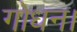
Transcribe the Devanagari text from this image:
गोधन।